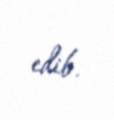
edib.